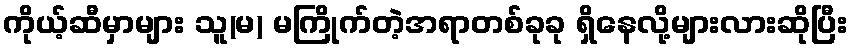
ကိုယ့်ဆီမှာများ သူ(မ) မကြိုက်တဲ့အရာတစ်ခုခု ရှိနေလို့များလားဆိုပြီး